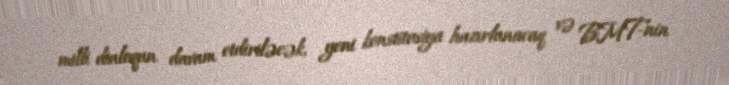
milli dialoqun davam etdiriləcək, yeni konstitusiya hazırlanacaq və BMT-nin